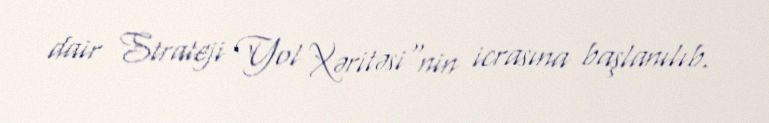
dair Strateji Yol Xəritəsi"nin icrasına başlanılıb.